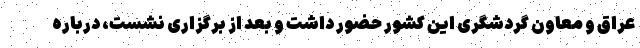
عراق و معاون گردشگری این کشور حضور داشت و بعد از برگزاری نشست، درباره